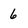
Character: 6